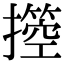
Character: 𢷙